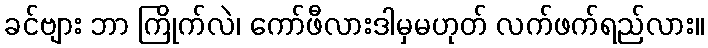
ခင်ဗျား ဘာ ကြိုက်လဲ၊ ကော်ဖီလားဒါမှမဟုတ် လက်ဖက်ရည်လား။